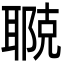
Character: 鿣